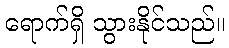
ရောက်ရှိ သွားနိုင်သည်။